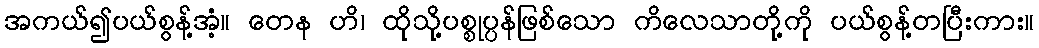
အကယ်၍ပယ်စွန့်အံ့။ တေန ဟိ၊ ထိုသို့ပစ္စုပ္ပန်ဖြစ်သော ကိလေသာတို့ကို ပယ်စွန့်တပြီးကား။